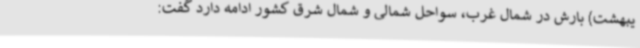
یبهشت) بارش در شمال غرب، سواحل شمالی و شمال شرق کشور ادامه دارد گفت: